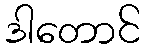
ဒါတောင်